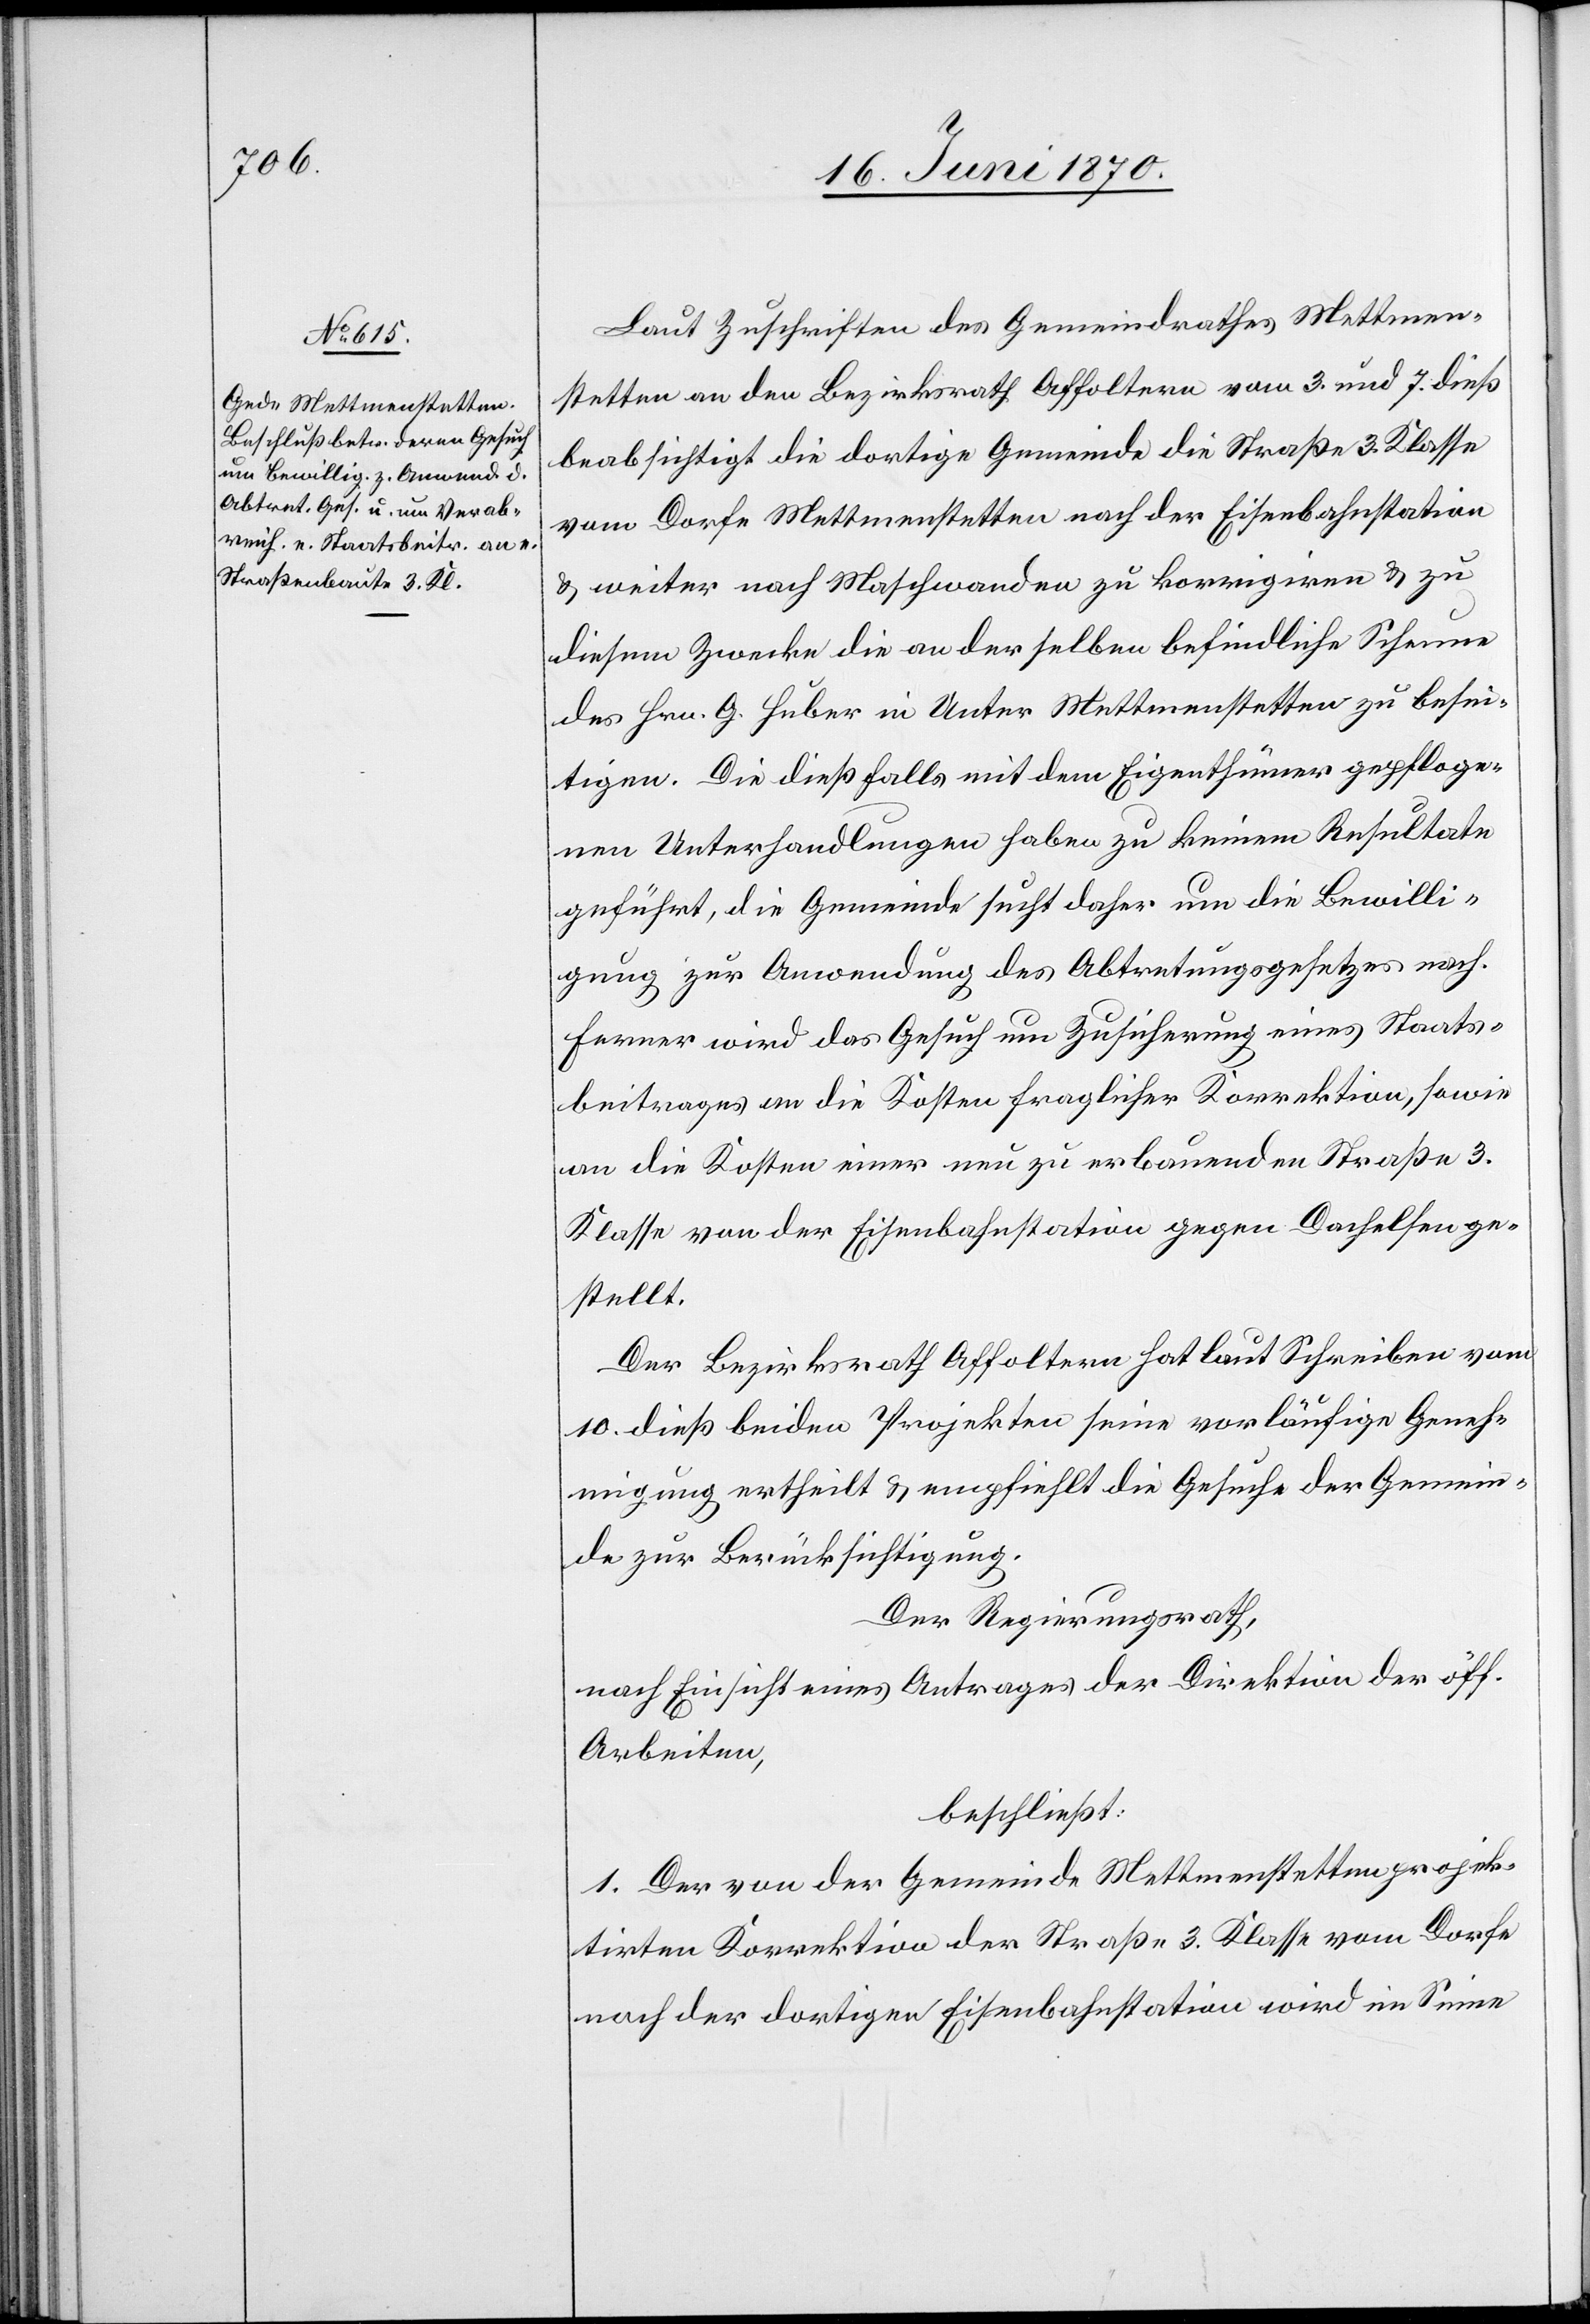
Laut Zuschriften des Gemeindrathes Mettmen¬
stetten an den Bezirksrath Affoltern vom 3. und 7. dieß
beabsichtigt die dortige Gemeinde die Straße 3. Klasse
vom Dorfe Mettmenstetten nach der Eisenbahnstation
& weiter nach Maschwanden zu korrigiren & zu
diesem Zwecke die an derselben befindliche Scheune
des Hrn. G. Huber in Unter Mettmenstetten [sic!] zu besei¬
tigen. Die dießfalls mit dem Eigenthümer gepfloge¬
nen Unterhandlungen haben zu keinem Resultate
geführt, die Gemeinde sucht daher um die Bewilli¬
gung zur Anwendung des Abtretungsgesetzes nach.
Ferner wird das Gesuch um Zusicherung eines Staats¬
beitrages an die Kosten fraglicher Korrektion, sowie
an die Kosten einer neu zu erbauenden Straße 3.
Klasse von der Eisenbahnstation gegen Dachelsen ge¬
stellt.
Der Bezirksrath Affoltern hat laut Schreiben vom
10. dieß beiden Projekten seine vorläufige Geneh¬
migung ertheilt & empfiehlt die Gesuche der Gemein¬
de zur Berücksichtigung.
Der Regierungsrath,
nach Einsicht eines Antrages der Direktion der öff.
Arbeiten,
beschließt:
1. Der von der Gemeinde Mettmenstetten projek¬
tirten Korrektion der Straße 3. Klasse vom Dorfe
nach der dortigen Eisenbahnstation wird im Sinne